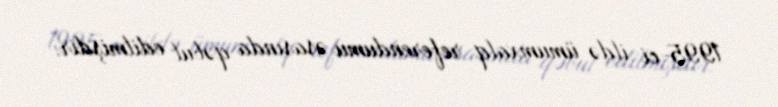
1995-ci ildə ümumxalq referendumu əsasında qəbul edilmişdir.